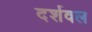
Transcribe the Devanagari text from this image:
दर्शवल